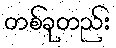
တစ်ခုတည်း